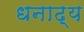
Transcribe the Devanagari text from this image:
धनाढ्‍य